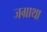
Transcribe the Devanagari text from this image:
जग्राथा